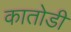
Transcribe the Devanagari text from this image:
कातोडी